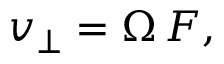
v _ { \perp } = \Omega \, F ,